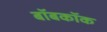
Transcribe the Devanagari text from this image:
बॉबकॉक